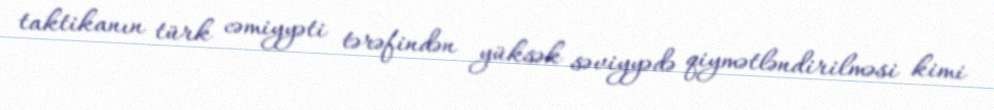
taktikanın türk cəmiyyəti tərəfindən yüksək səviyyədə qiymətləndirilməsi kimi